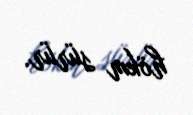
hökm sürür.